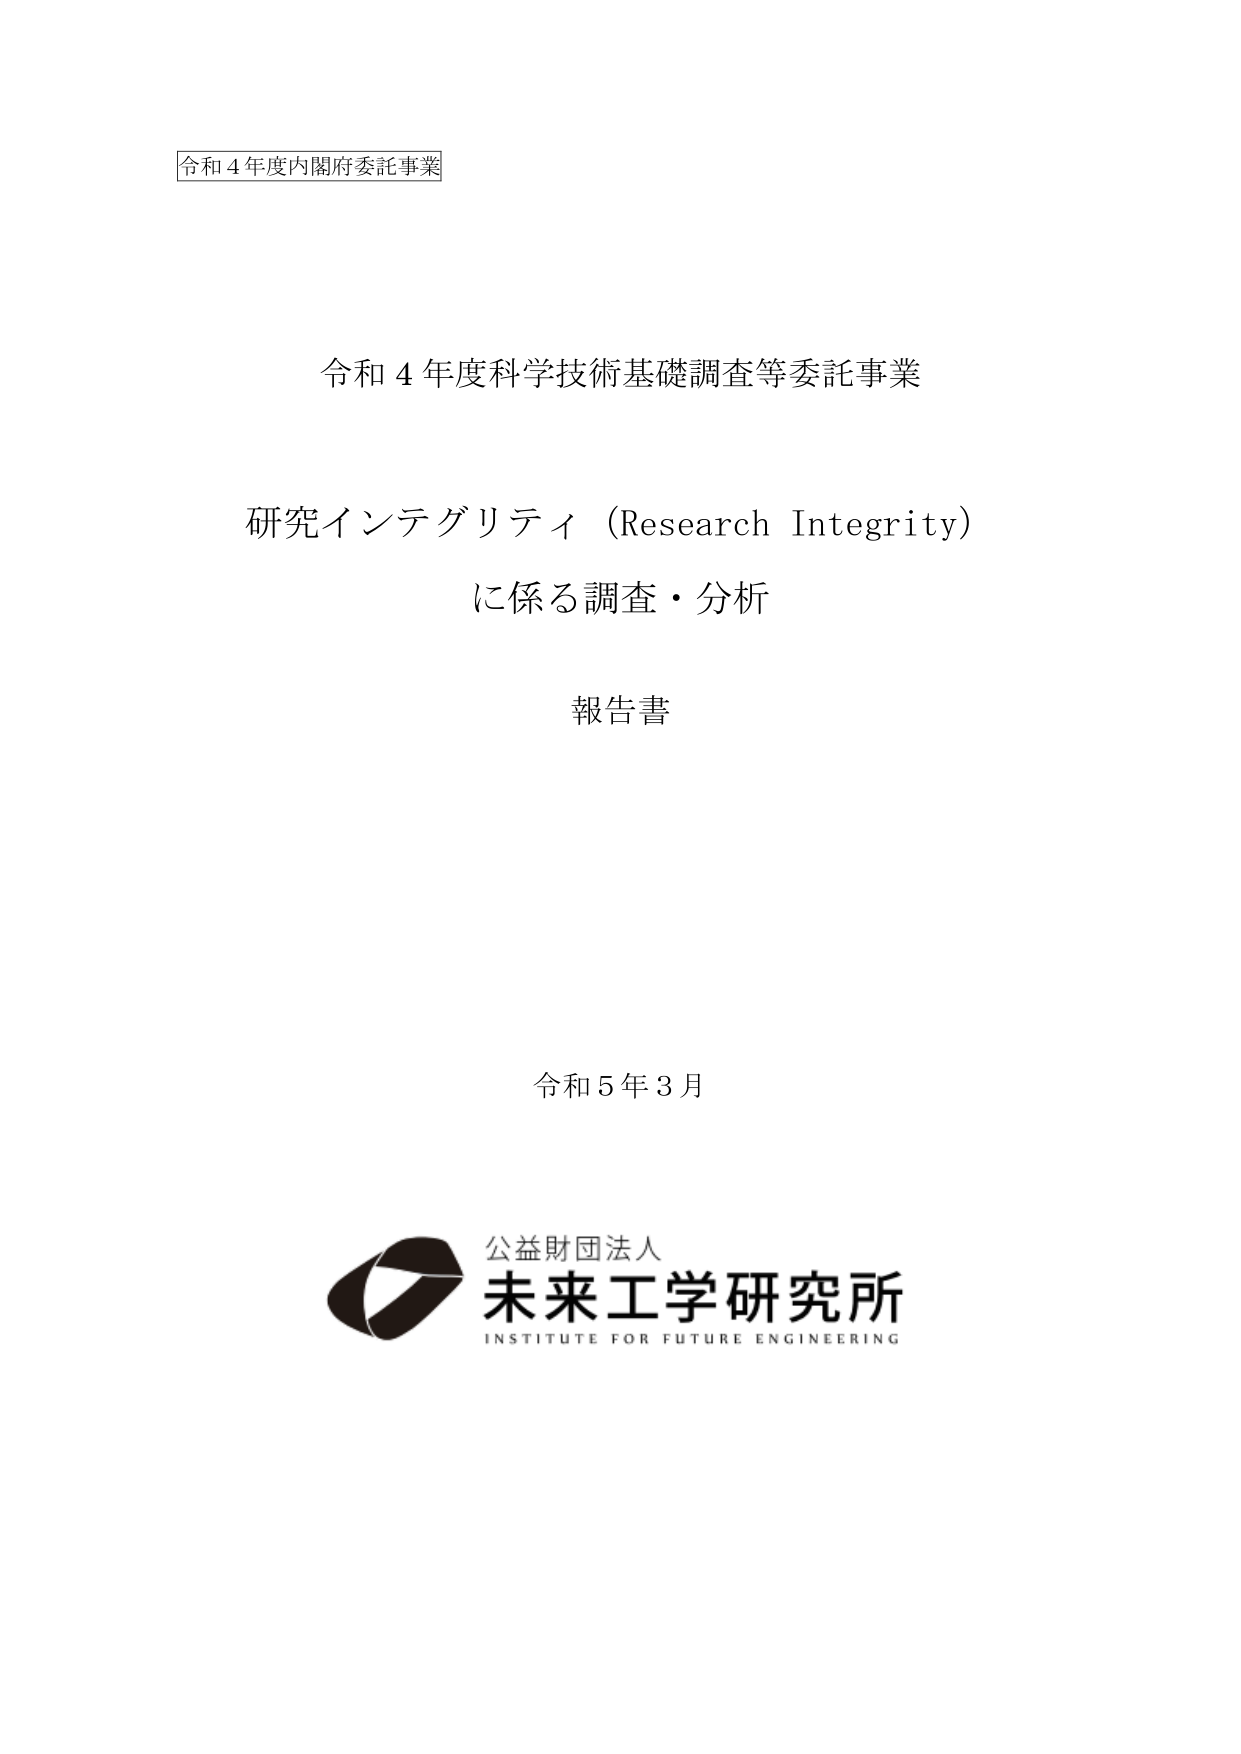
令和４年度内閣府委託事業

令和４年度科学技術基礎調査等委託事業

研究インテグリティ（Research Integrity）
に係る調査・分析

報告書

令和５年３月

公益財団法人
未来工学研究所
INSTITUTE FOR FUTURE ENGINEERING